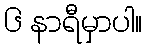
၆ နာရီမှာပါ။